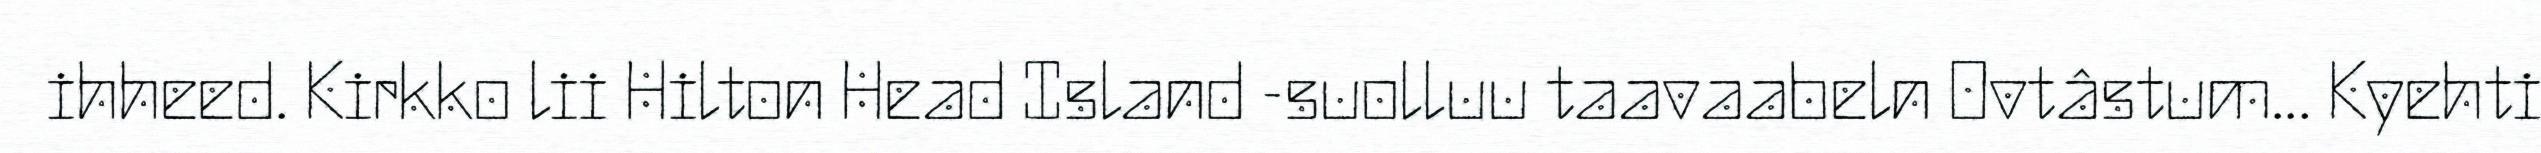
ihheed. Kirkko lii Hilton Head Island -suolluu taavaabeln Ovtâstum... Kyehti